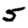
Digit: 5